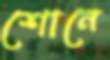
শোনে